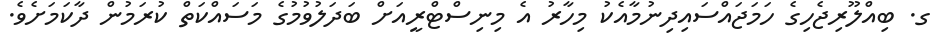
ގ. ބިއްލޫރިޖެހިގެ ހަމަޖައްސައިދިނުމާއެކު މިހާރު އެ މިނިސްޓްރީއަށް ބަދަލުވުމުގެ މަސައްކަތް ކުރަމުން ދާކަމަށެވެ.